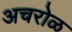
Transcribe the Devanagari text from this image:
अचरोळ